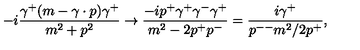
- i { \frac { \gamma ^ { + } ( m - \gamma \cdot p ) \gamma ^ { + } } { m ^ { 2 } + p ^ { 2 } } } \to { \frac { - i p ^ { + } \gamma ^ { + } \gamma ^ { - } \gamma ^ { + } } { m ^ { 2 } - 2 p ^ { + } p ^ { - } } } = { \frac { i \gamma ^ { + } } { p ^ { -- } m ^ { 2 } / 2 p ^ { + } } } ,